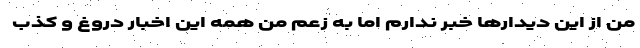
من از این دیدارها خبر ندارم اما به زعم من همه این اخبار دروغ و کذب